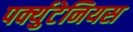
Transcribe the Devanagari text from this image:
पर्क्युटेनियस